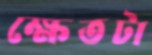
ক্ষেতটা